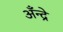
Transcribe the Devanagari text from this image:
अँन्द्रे